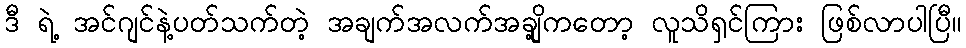
ဒီ ရဲ့ အင်ဂျင်နဲ့ပတ်သက်တဲ့ အချက်အလက်အချို့ကတော့ လူသိရှင်ကြား ဖြစ်လာပါပြီ။